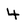
Character: 4